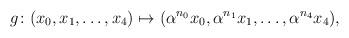
LaTeX: \begin{align*}g\colon(x_0,x_1,\ldots,x_4)\mapsto(\alpha^{n_0}x_0,\alpha^{n_1}x_1,\ldots,\alpha^{n_4}x_4),\end{align*}